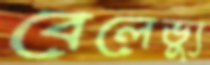
বেলেভ্যু